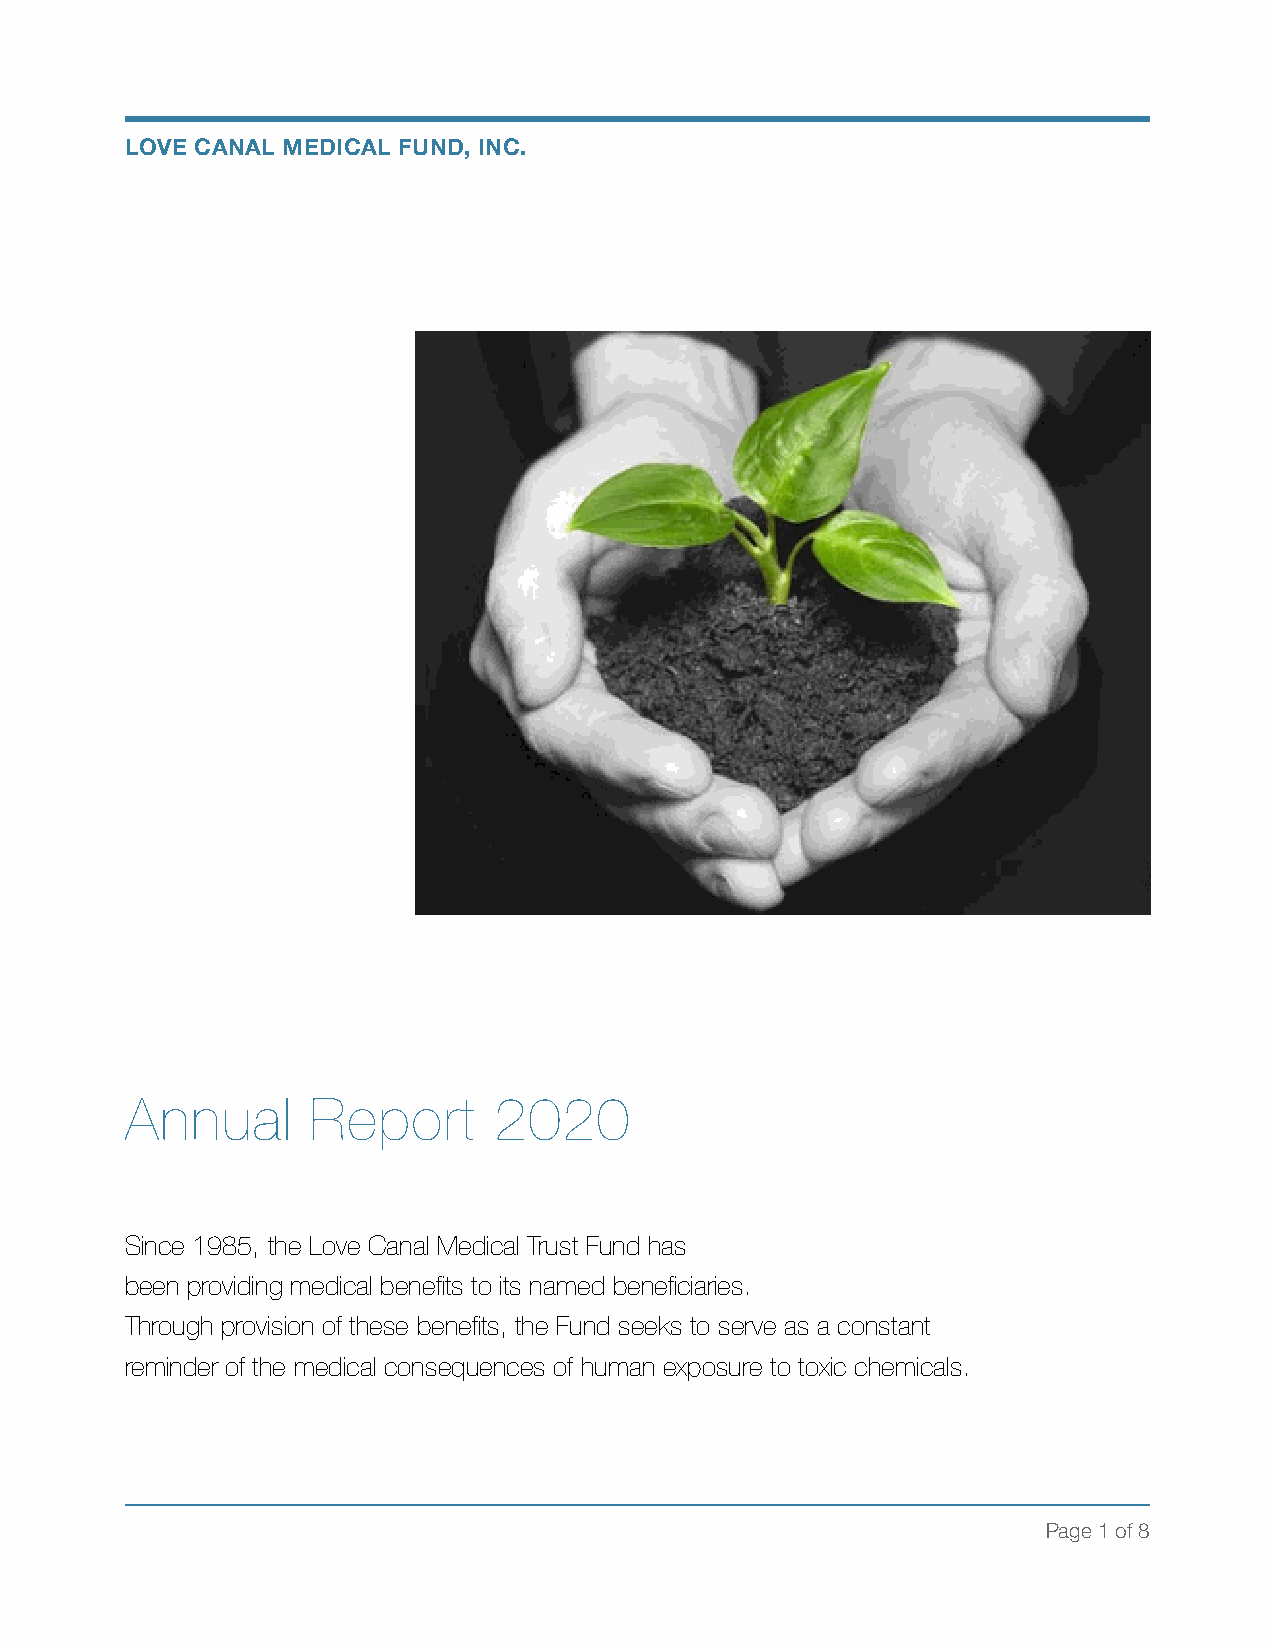
LOVE CANAL MEDICAL FUND, INC.
 Annual       Report      2020
 Since 1985, the Love Canal Medical Trust Fund has
 been providing medical benefits to its named beneficiaries.
 Through provision of these benefits, the Fund seeks to serve as a constant
 reminder of the medical consequences of human exposure to toxic chemicals.
 Page 1 of 8